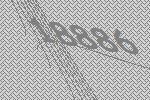
18886